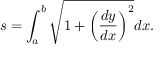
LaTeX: s = \int _ { a } ^ { b } { \sqrt { 1 + \left( { \frac { d y } { d x } } \right) ^ { 2 } } } d x .